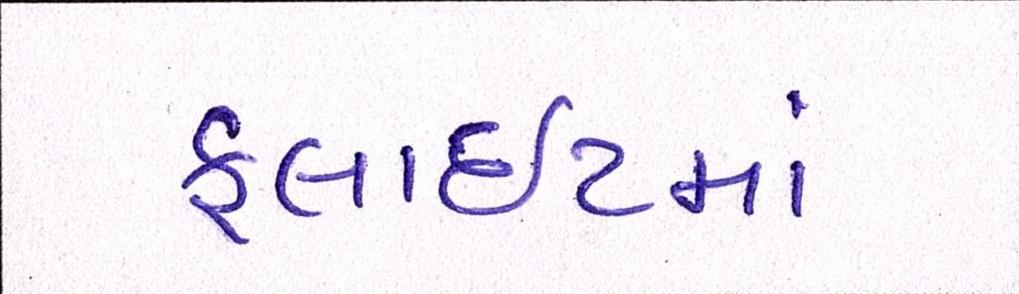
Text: ફ્લાઈટમાં